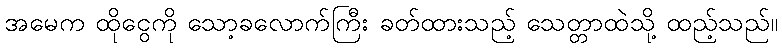
အမေက ထိုငွေကို သော့ခလောက်ကြီး ခတ်ထားသည့် သေတ္တာထဲသို့ ထည့်သည်။